Reports on dispensaries and lunatic asylums in the Province of Oudh - 1869-1876
Year: 1869
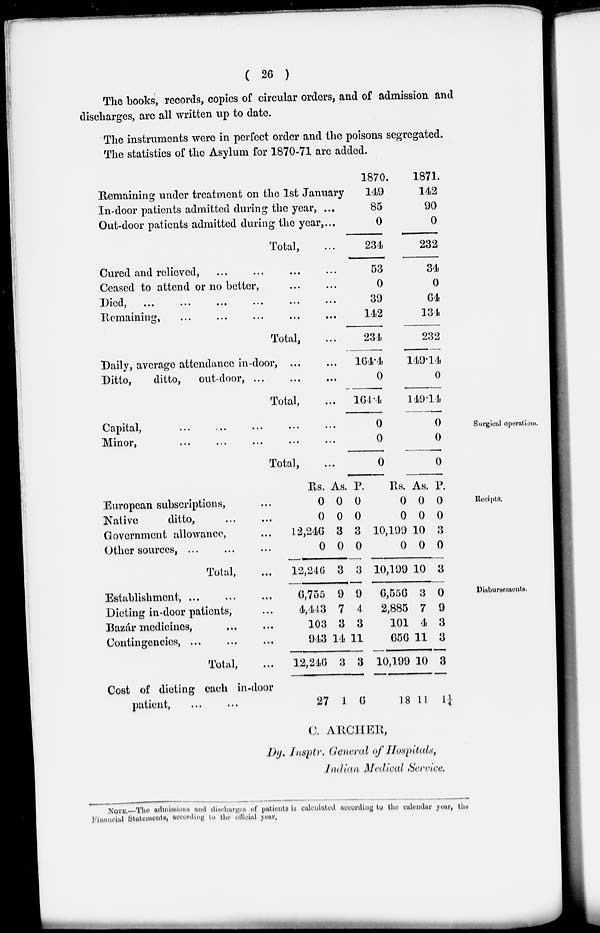
( 26 )
The books, records, copies of circular orders, and of admission and
discharges, are all written up to date.
The instruments were in perfect order and the poisons segregated.
The statistics of the Asylum for 1870-71 are added.
Remaining under treatment on the 1st January
In-door patients admitted during the year, ...
Out-door patients admitted during the year,...
Total, ...
Cured and relieved, ... ... ... ...
Ceased to attend or no better, ... ...
Died ... ... ... ... ... ...
Remaining, ... ... ... ... ...
Total, ...
Daily, average attendance in-door, ... ...
Ditto,
ditto,
out-door, ... ... ...
Total, ...
1870.
149
85
0
234
53
0
39
142
234
104.4
0
104.4
1871.
142
90
0
232
34
0
64
134
232
149.14
0
149.14
Surgical operations.
Capital, ... ... ... ... ...
Minor, ... ... ... ... ...
Total, ...
0
0
0
0
0
0
Receipts.
European subscriptions, ...
Native
ditto, ... ...
Government allowance, ...
Other sources, ...
Total, ...
Rs.
0
0
12,246
0
12,246
As.
0
0
3
0
3
P.
0
0
3
0
3
Rs.
0
0
10,199
0
10,199
As.
0
0
10
0
10
p.
0
0
3
0
3
Disbursements.
Establishment, ... ... ...
Dieting in-door patients, ...
Bazár medicines, ... ...
Contingencies, ... ... ...
Total, ...
Cost of dieting each in-door
patient,
6,755
4,443
103
943
12,246
27
9
7
3
14
3
1
9
4
3
11
3
6
6,556
2,885
101
656
10,199
18
3
7
4
11
10
11
0
9
3
3
3
1¼
C. ARCHER,
Dy. Insptr. General of Hospitals,
Indian Medical Service.
NOTE.—The admissions and discharges of patients is calculated according to the calendar year, the
Financial Statements, according to the official year.